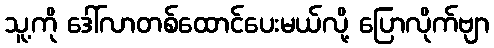
သူ့ကို ဒေါ်လာတစ်ထောင်ပေးမယ်လို့ ပြောလိုက်ဗျာ